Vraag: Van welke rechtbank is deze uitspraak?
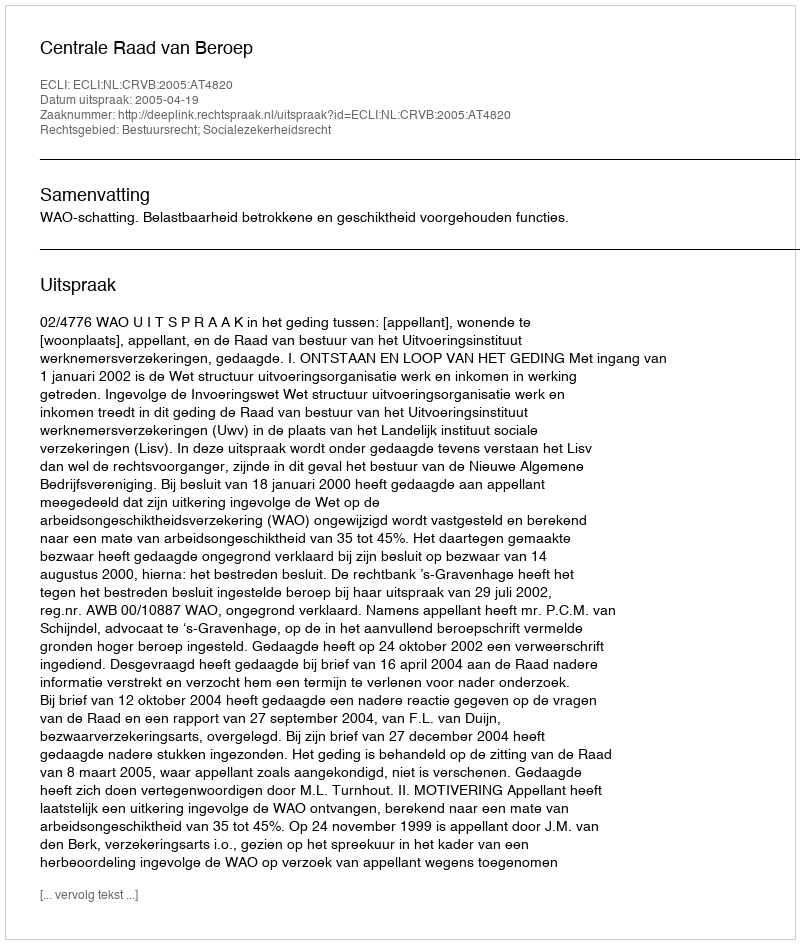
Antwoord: Centrale Raad van Beroep